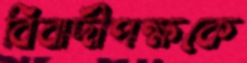
বিবাদীপক্ষকে